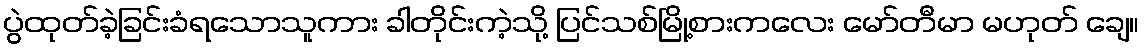
ပွဲထုတ်ခဲ့ခြင်းခံရသောသူကား ခါတိုင်းကဲ့သို့ ပြင်သစ်မြို့စားကလေး မော်တီမာ မဟုတ် ချေ။